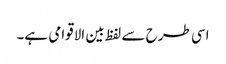
اسی طرح سے لفظ بین الاقوامی ہے۔